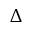
\Delta